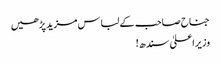
جناح صاحب کے لباس مزید پڑھیں
وزیراعلیٰ سندھ!